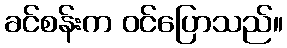
ခင်စန်းက ဝင်ပြောသည်။